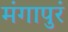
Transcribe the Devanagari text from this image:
मंगापुरं